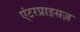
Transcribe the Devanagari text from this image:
एंटरप्राइसज़